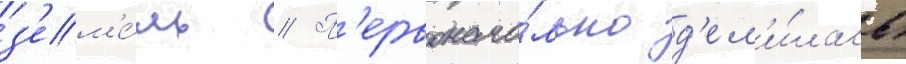
з'ем'е́ль // П'ервонача́льно д'ел'и́лась